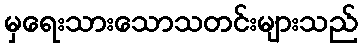
မှရေးသားသောသတင်းများသည်